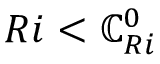
R i < \mathbb { C } _ { R i } ^ { 0 }